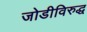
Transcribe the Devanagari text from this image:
जोडीविरुद्ध